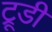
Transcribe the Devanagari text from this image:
ट्रूडी